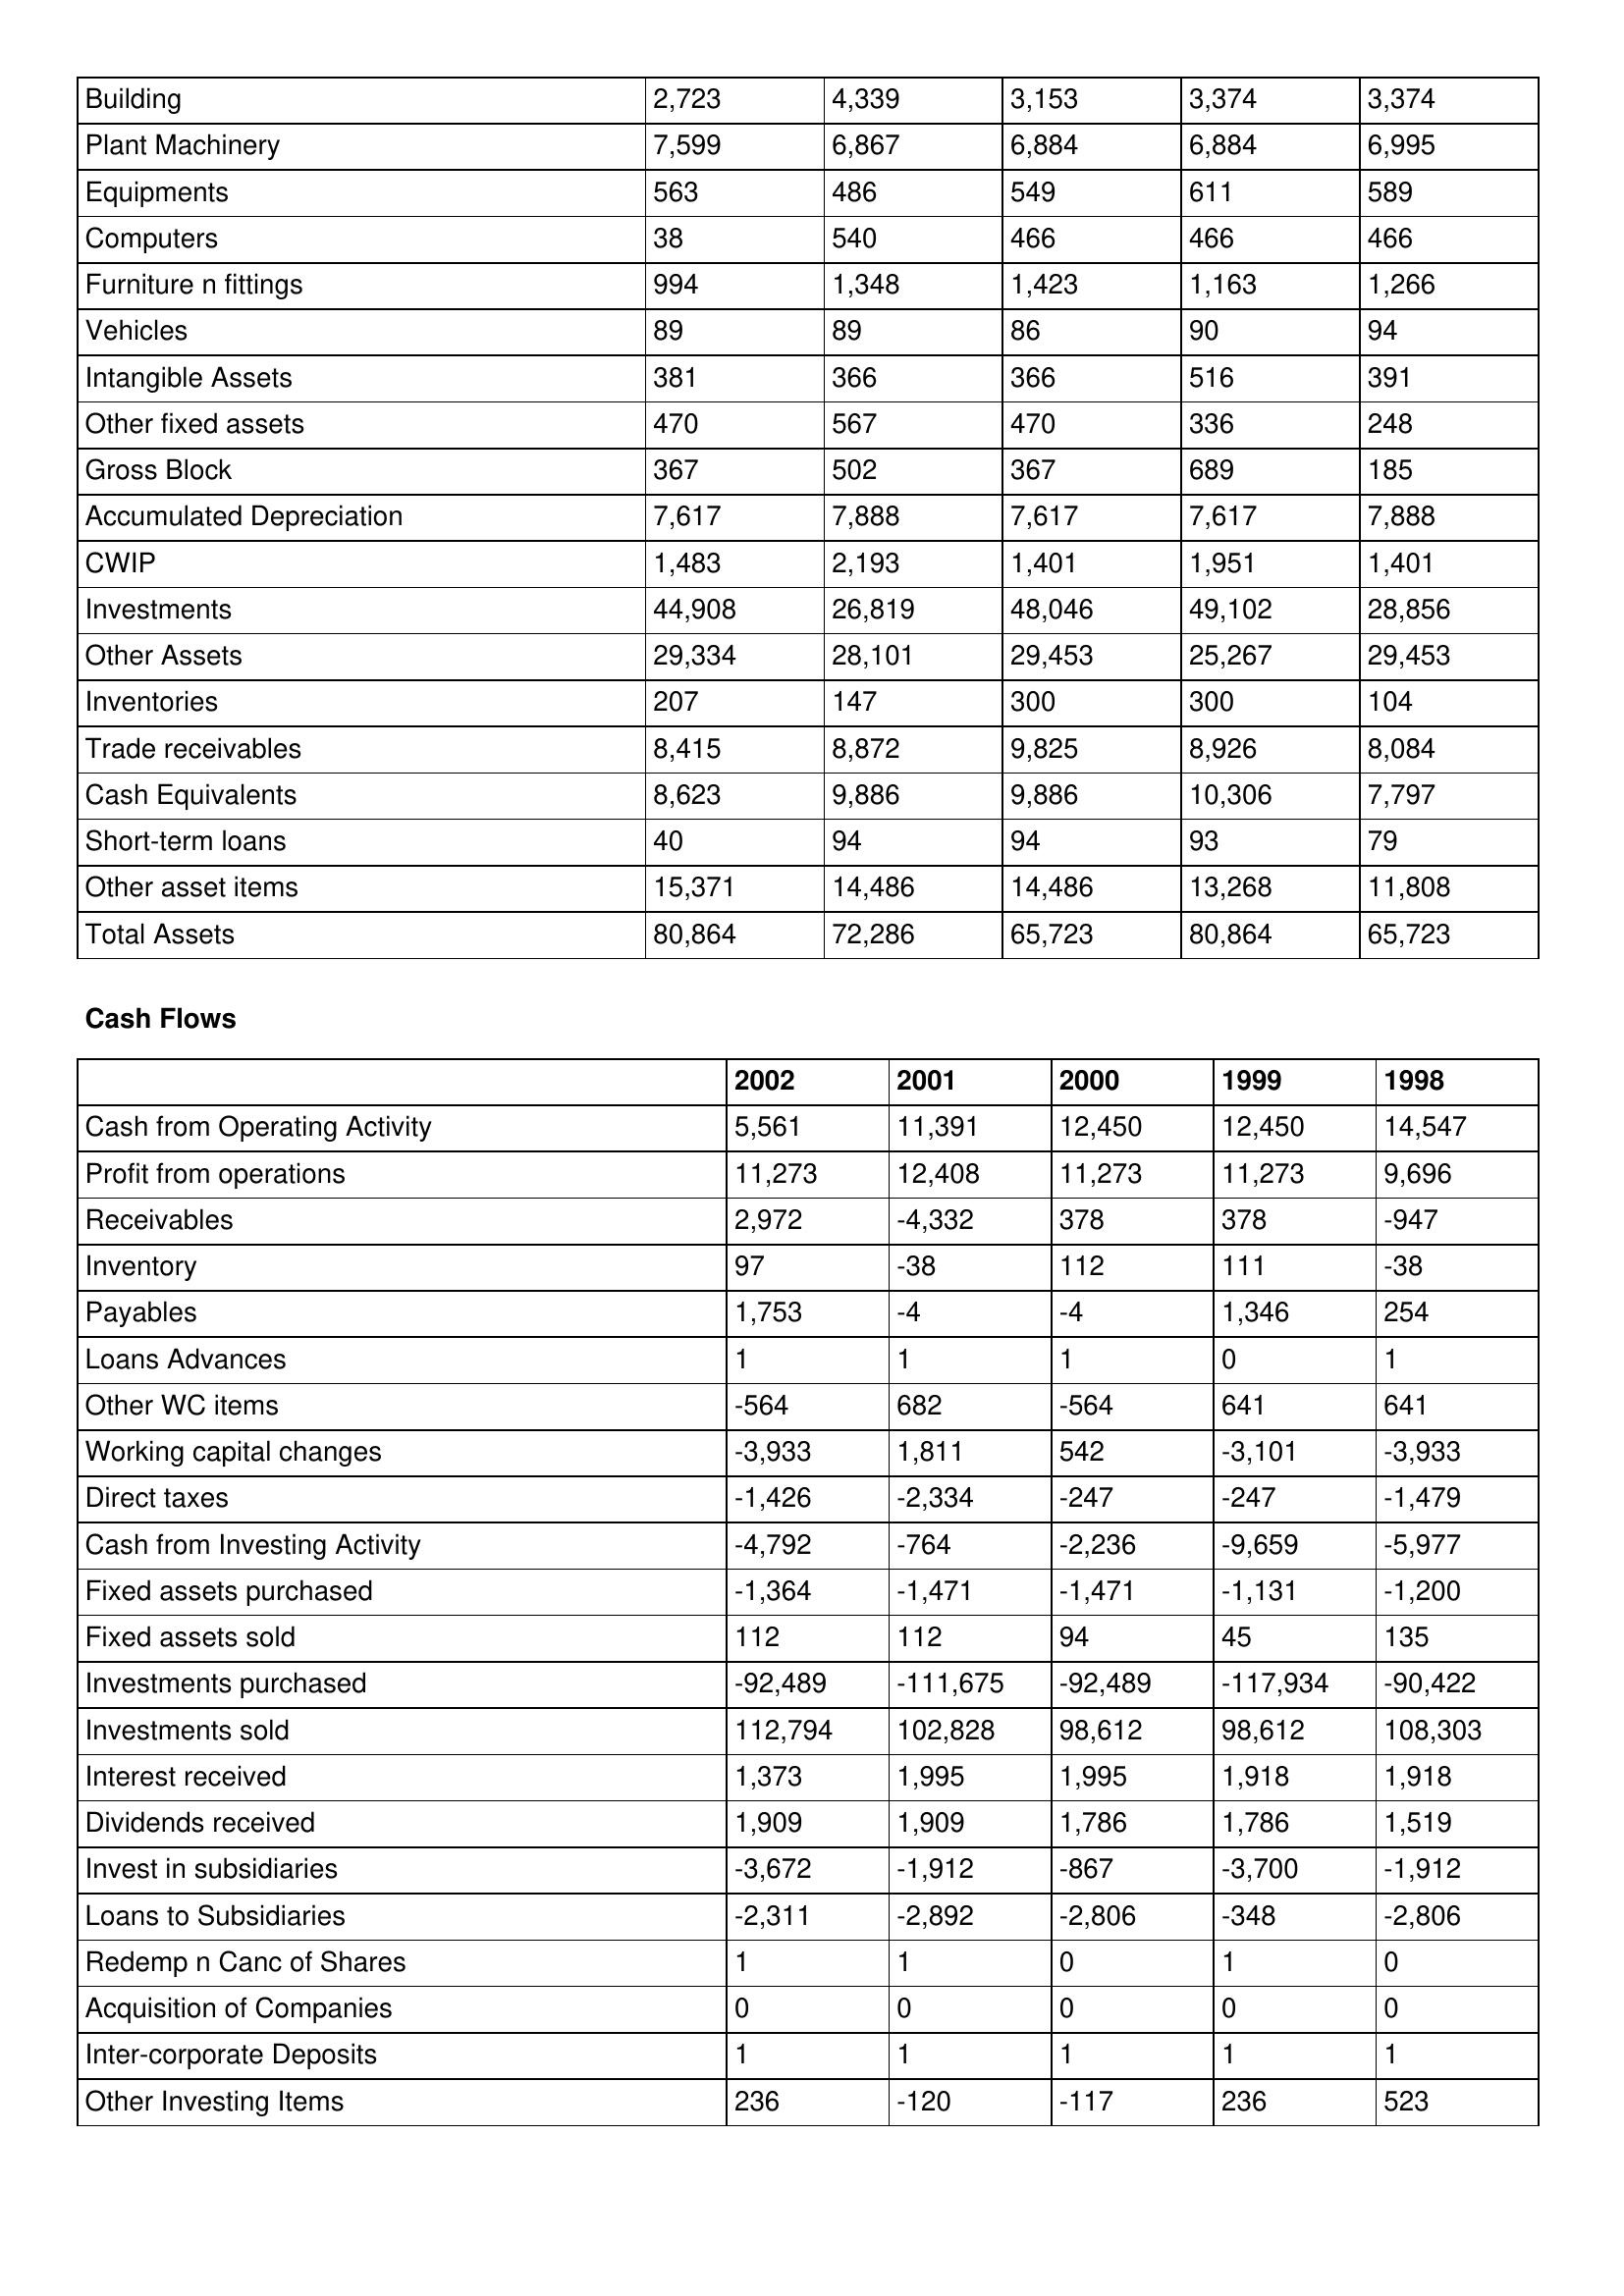
gt_parse: 2002: Balance Sheet: Building: 2,723
Plant Machinery: 7,599
Equipments: 563
Computers: 38
Furniture n fittings: 994
Vehicles: 89
Intangible Assets: 381
Other fixed assets: 470
Gross Block: 367
Accumulated Depreciation: 7,617
CWIP: 1,483
Investments: 44,908
Other Assets: 29,334
Inventories: 207
Trade receivables: 8,415
Cash Equivalents: 8,623
Short-term loans: 40
Other asset items: 15,371
Total Assets: 80,864
Cash Flows: Cash from Operating Activity: 5,561
Profit from operations: 11,273
Receivables: 2,972
Inventory: 97
Payables: 1,753
Loans Advances: 1
Other WC items: -564
Working capital changes: -3,933
Direct taxes: -1,426
Cash from Investing Activity: -4,792
Fixed assets purchased: -1,364
Fixed assets sold: 112
Investments purchased: -92,489
Investments sold: 112,794
Interest received: 1,373
Dividends received: 1,909
Invest in subsidiaries: -3,672
Loans to Subsidiaries: -2,311
Redemp n Canc of Shares: 1
Acquisition of Companies: 0
Inter-corporate Deposits: 1
Other Investing Items: 236
2001: Balance Sheet: Building: 4,339
Plant Machinery: 6,867
Equipments: 486
Computers: 540
Furniture n fittings: 1,348
Vehicles: 89
Intangible Assets: 366
Other fixed assets: 567
Gross Block: 502
Accumulated Depreciation: 7,888
CWIP: 2,193
Investments: 26,819
Other Assets: 28,101
Inventories: 147
Trade receivables: 8,872
Cash Equivalents: 9,886
Short-term loans: 94
Other asset items: 14,486
Total Assets: 72,286
Cash Flows: Cash from Operating Activity: 11,391
Profit from operations: 12,408
Receivables: -4,332
Inventory: -38
Payables: -4
Loans Advances: 1
Other WC items: 682
Working capital changes: 1,811
Direct taxes: -2,334
Cash from Investing Activity: -764
Fixed assets purchased: -1,471
Fixed assets sold: 112
Investments purchased: -111,675
Investments sold: 102,828
Interest received: 1,995
Dividends received: 1,909
Invest in subsidiaries: -1,912
Loans to Subsidiaries: -2,892
Redemp n Canc of Shares: 1
Acquisition of Companies: 0
Inter-corporate Deposits: 1
Other Investing Items: -120
2000: Balance Sheet: Building: 3,153
Plant Machinery: 6,884
Equipments: 549
Computers: 466
Furniture n fittings: 1,423
Vehicles: 86
Intangible Assets: 366
Other fixed assets: 470
Gross Block: 367
Accumulated Depreciation: 7,617
CWIP: 1,401
Investments: 48,046
Other Assets: 29,453
Inventories: 300
Trade receivables: 9,825
Cash Equivalents: 9,886
Short-term loans: 94
Other asset items: 14,486
Total Assets: 65,723
Cash Flows: Cash from Operating Activity: 12,450
Profit from operations: 11,273
Receivables: 378
Inventory: 112
Payables: -4
Loans Advances: 1
Other WC items: -564
Working capital changes: 542
Direct taxes: -247
Cash from Investing Activity: -2,236
Fixed assets purchased: -1,471
Fixed assets sold: 94
Investments purchased: -92,489
Investments sold: 98,612
Interest received: 1,995
Dividends received: 1,786
Invest in subsidiaries: -867
Loans to Subsidiaries: -2,806
Redemp n Canc of Shares: 0
Acquisition of Companies: 0
Inter-corporate Deposits: 1
Other Investing Items: -117
1999: Balance Sheet: Building: 3,374
Plant Machinery: 6,884
Equipments: 611
Computers: 466
Furniture n fittings: 1,163
Vehicles: 90
Intangible Assets: 516
Other fixed assets: 336
Gross Block: 689
Accumulated Depreciation: 7,617
CWIP: 1,951
Investments: 49,102
Other Assets: 25,267
Inventories: 300
Trade receivables: 8,926
Cash Equivalents: 10,306
Short-term loans: 93
Other asset items: 13,268
Total Assets: 80,864
Cash Flows: Cash from Operating Activity: 12,450
Profit from operations: 11,273
Receivables: 378
Inventory: 111
Payables: 1,346
Loans Advances: 0
Other WC items: 641
Working capital changes: -3,101
Direct taxes: -247
Cash from Investing Activity: -9,659
Fixed assets purchased: -1,131
Fixed assets sold: 45
Investments purchased: -117,934
Investments sold: 98,612
Interest received: 1,918
Dividends received: 1,786
Invest in subsidiaries: -3,700
Loans to Subsidiaries: -348
Redemp n Canc of Shares: 1
Acquisition of Companies: 0
Inter-corporate Deposits: 1
Other Investing Items: 236
1998: Balance Sheet: Building: 3,374
Plant Machinery: 6,995
Equipments: 589
Computers: 466
Furniture n fittings: 1,266
Vehicles: 94
Intangible Assets: 391
Other fixed assets: 248
Gross Block: 185
Accumulated Depreciation: 7,888
CWIP: 1,401
Investments: 28,856
Other Assets: 29,453
Inventories: 104
Trade receivables: 8,084
Cash Equivalents: 7,797
Short-term loans: 79
Other asset items: 11,808
Total Assets: 65,723
Cash Flows: Cash from Operating Activity: 14,547
Profit from operations: 9,696
Receivables: -947
Inventory: -38
Payables: 254
Loans Advances: 1
Other WC items: 641
Working capital changes: -3,933
Direct taxes: -1,479
Cash from Investing Activity: -5,977
Fixed assets purchased: -1,200
Fixed assets sold: 135
Investments purchased: -90,422
Investments sold: 108,303
Interest received: 1,918
Dividends received: 1,519
Invest in subsidiaries: -1,912
Loans to Subsidiaries: -2,806
Redemp n Canc of Shares: 0
Acquisition of Companies: 0
Inter-corporate Deposits: 1
Other Investing Items: 523